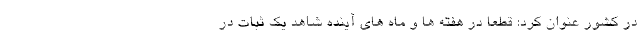
در کشور عنوان کرد: قطعا در هفته ها و ماه های آینده شاهد یک ثبات در